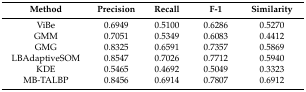
<table><thead><tr><td><b>Method</b></td><td><b>Precision</b></td><td><b>Recall</b></td><td><b>F-1</b></td><td><b>Similarity</b></td></tr></thead><tbody><tr><td>ViBe</td><td>0.6949</td><td>0.5100</td><td>0.6286</td><td>0.5270</td></tr><tr><td>GMM</td><td>0.7051</td><td>0.5349</td><td>0.6083</td><td>0.4412</td></tr><tr><td>GMG</td><td>0.8325</td><td>0.6591</td><td>0.7357</td><td>0.5869</td></tr><tr><td>LBAdaptiveSOM</td><td>0.8547</td><td>0.7026</td><td>0.7712</td><td>0.5940</td></tr><tr><td>KDE</td><td>0.5465</td><td>0.4692</td><td>0.5049</td><td>0.3323</td></tr><tr><td>MB-TALBP</td><td>0.8456</td><td>0.6914</td><td>0.7807</td><td>0.6912</td></tr></tbody></table>